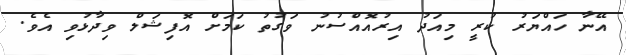
އޭނާ ހައްޔަރު ކުރީ މިއަދު އިރުއޮއްސުނު ވަގުތު ކަމަށް އޮފިޝަލް ވިދާޅުވި އެވެ.